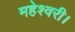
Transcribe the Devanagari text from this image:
महेश्वरी।